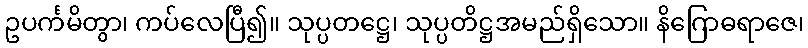
ဥပင်္ကမိတွာ၊ ကပ်လေပြီ၍။ သုပ္ပတဋ္ဌေ၊ သုပ္ပတိဋ္ဌအမည်ရှိသော။ နိဂြောဓရာဇေ၊